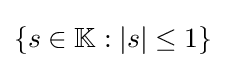
\left\{s\in \mathbb {K} :|s|\leq 1\right\}